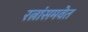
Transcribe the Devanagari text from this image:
रत्नांसमवेत